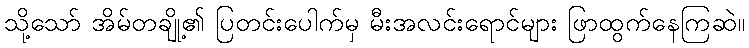
သို့သော် အိမ်တချို့၏ ပြတင်းပေါက်မှ မီးအလင်းရောင်များ ဖြာထွက်နေကြဆဲ။